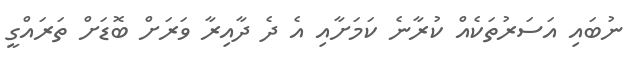
ނުބައި އަސަރުތަކެއް ކުރާނެ ކަމަށާއި އެ ދެ ދާއިރާ ވަރަށް ބޮޑަށް ތަރައްގީ